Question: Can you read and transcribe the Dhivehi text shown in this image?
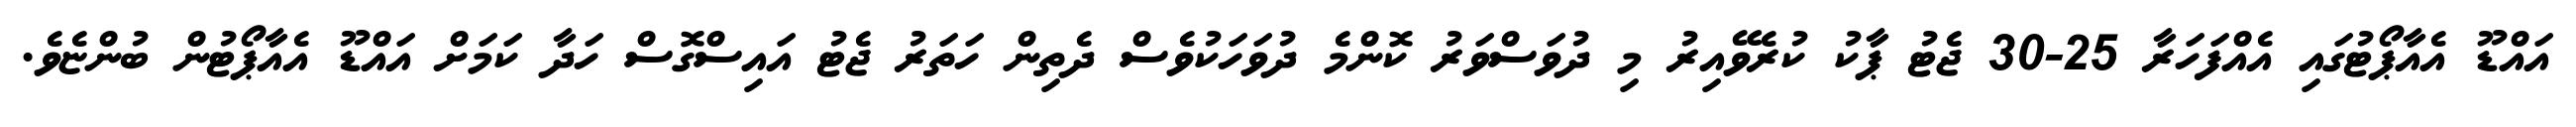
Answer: އައްޑޫ އެއާޕޯޓުގައި އެއްފަހަރާ 25-30 ޖެޓު ޕާކު ކުރެވޭއިރު މި ދުވަސްވަރު ކޮންމެ ދުވަހަކުވެސް ދެތިން ހަތަރު ޖެޓު އައިސްގޮސް ހަދާ ކަމަށް އައްޑޫ އެއާޕޯޓުން ބުންޏެވެ.